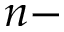
n -